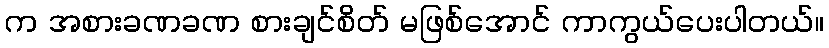
က အစားခဏခဏ စားချင်စိတ် မဖြစ်အောင် ကာကွယ်ပေးပါတယ်။